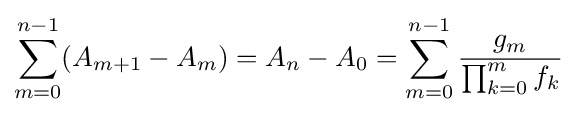
\sum _{m=0}^{n-1}(A_{m+1}-A_{m})=A_{n}-A_{0}=\sum _{m=0}^{n-1}{\frac {g_{m}}{\prod _{k=0}^{m}f_{k}}}